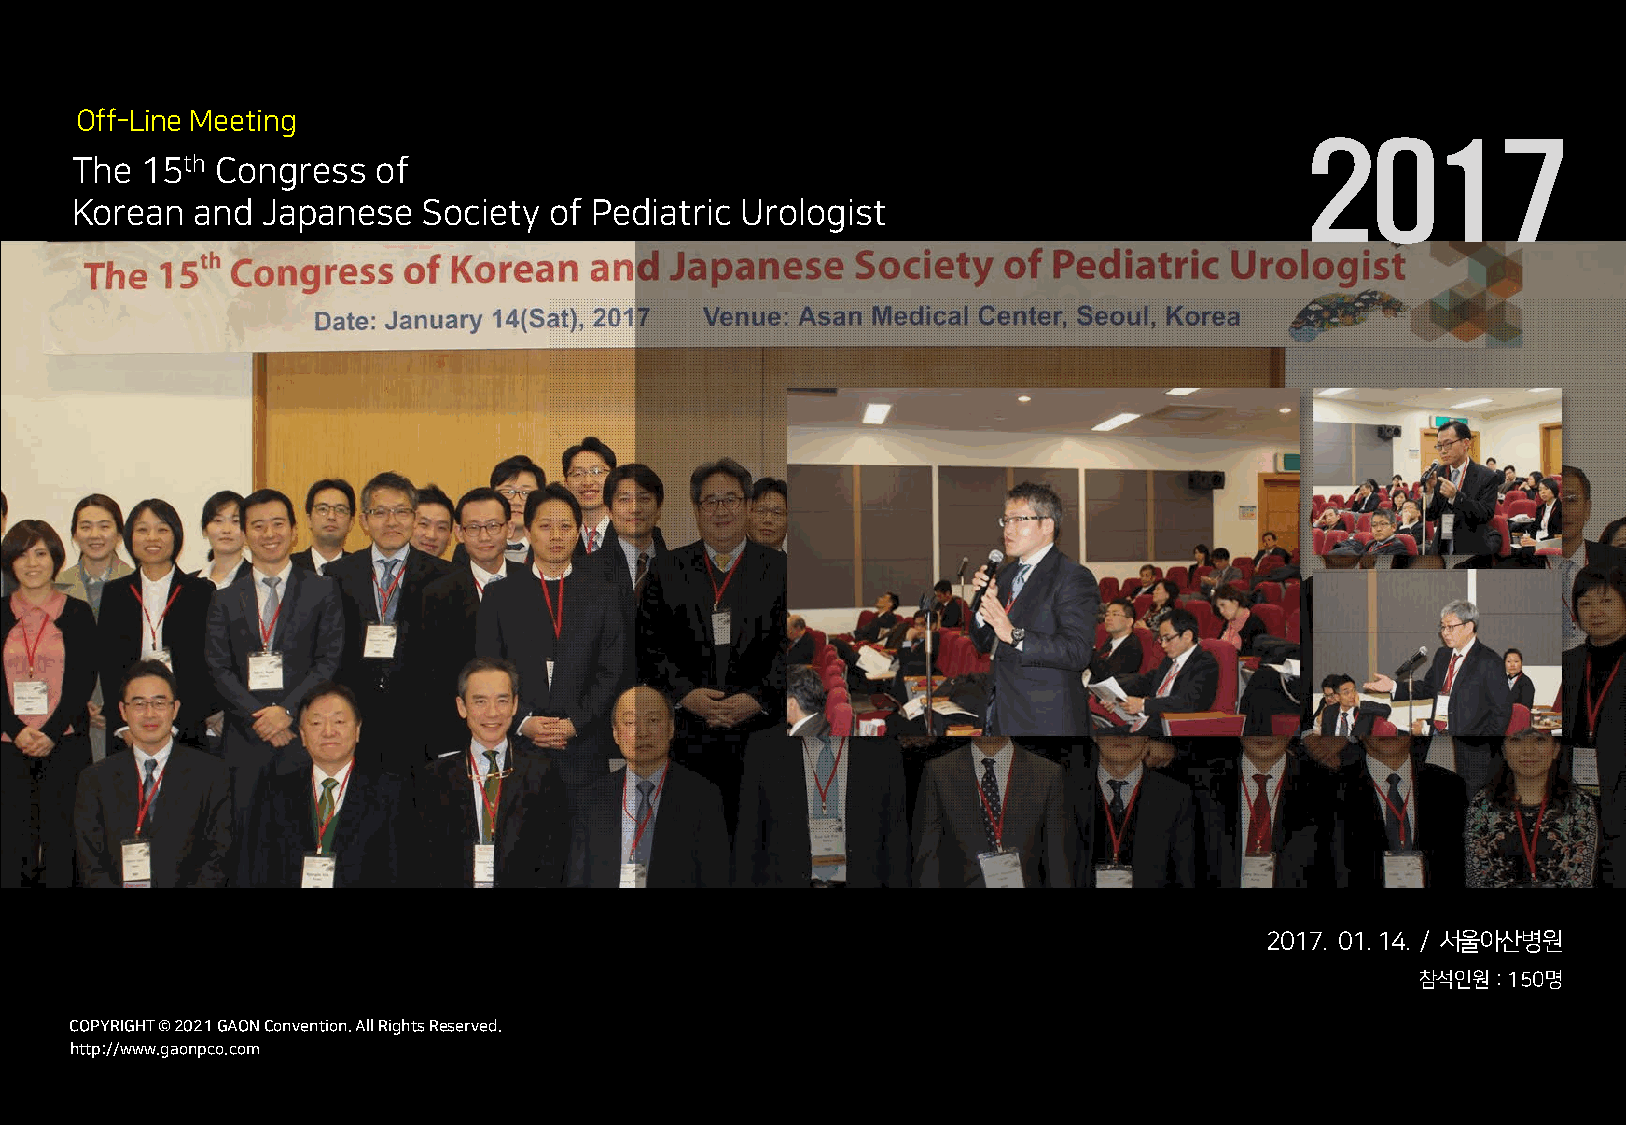
Off-Line Meeting
 2017
 The 15th Congress   of
 Korean  and Japanese   Society of Pediatric Urologist
 2017. 01. 14. / 서울아산병원
 참석인원: 150명
 COCPOYPRYIRGIHGTH T© © 2 022012 1G AGOANO NCoCnovnevnetniotino.n A. lAl Rll iRgihgthst Rs eRseesrevrevde.d.
 hthttpt:p/://w/wwwww.g.agoanopncpoc.oc.ocmom